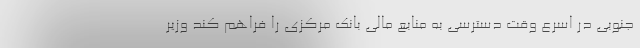
جنوبی در اسرع وقت دسترسی به منابع مالی بانک مرکزی را فراهم کند وزیر